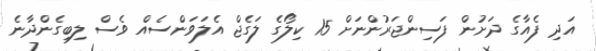
އަދި ފެއާގެ ދަށުން ފަސިންޖަރުންނަށް 15 ކިލޯގެ ލަގެޖް އެލަވަންސެއް ވެސް ލިބިގެންދާނެ